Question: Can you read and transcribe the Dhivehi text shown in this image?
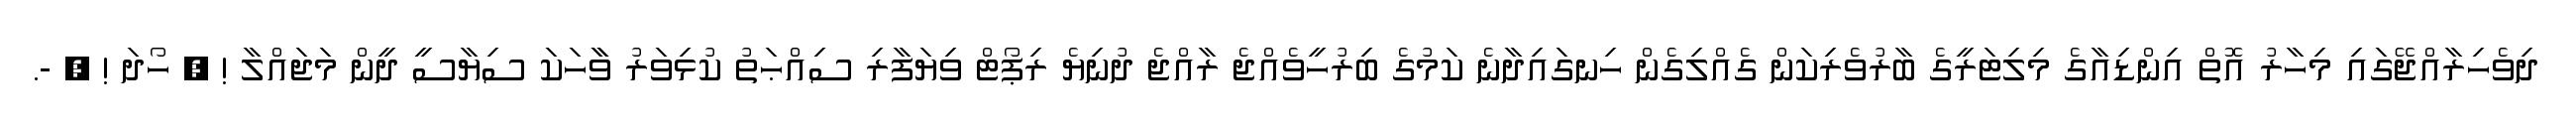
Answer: ދިވެހިރާއްޖޭގައި މިހާރު އޮތް އިންޑިއާގެ މިލިޓަރީގެ ބާރުވެރިކަން ގެއްލިގެން ހިނގައިދާނެ ކަމުގެ ބިރުހީވެއްޖެ ރާއްޖެ ދުނިޔެ ރިޕޯޓް ވިޔަފާރި ސިއްޙަތު ކުޅިވަރު ވާާހަކަ ސިޔާސީ ދީން މަޖައްލާ ! ? ހޯދަ ! ? -.